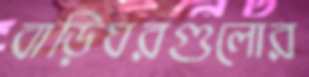
বাড়িঘরগুলোর